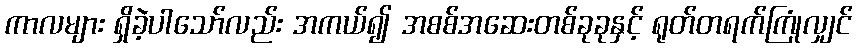
ကာလများ ရှိခဲ့ပါသော်လည်း အကယ်၍ အစစ်အဆေးတစ်ခုခုနှင့် ရုတ်တရက်ကြုံလျှင်